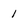
Character: 1